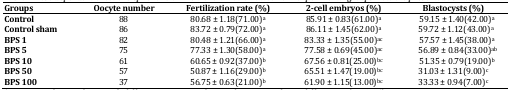
<table><thead><tr><td><b>Groups</b></td><td><b>Oocyte number</b></td><td><b>Fertilization rate (%)</b></td><td><b>2-cell embryos (%)</b></td><td><b>Blastocysts (%)</b></td></tr></thead><tbody><tr><td><b>Control</b></td><td>88</td><td>80.68 ± 1.18(71.00)<sup>a</sup></td><td>85.91 ± 0.83(61.00) <sup>a</sup></td><td> 59.15 ± 1.40(42.00) <sup>a</sup></td></tr><tr><td><b>Control sham</b></td><td>86</td><td>83.72 ± 0.79(72.00) <sup>a</sup></td><td>86.11 ± 1.45(62.00) <sup>a</sup></td><td> 59.72 ± 1.12(43.00) <sup>a</sup></td></tr><tr><td><b>BPS 1</b></td><td>82</td><td>80.48 ± 1.21(66.00) <sup>a</sup></td><td>83.33 ± 1.35(55.00)<sup>ac</sup></td><td> 57.57 ± 1.45(38.00) <sup>a</sup></td></tr><tr><td><b>BPS 5</b></td><td>75</td><td>77.33 ± 1.30(58.00) <sup>a</sup></td><td>77.58 ± 0.69(45.00) <sup>ac</sup></td><td> 56.89 ± 0.84(33.00)<sup>ab</sup></td></tr><tr><td><b>BPS 10</b></td><td>61</td><td>60.65 ± 0.92(37.00)<sup>b</sup></td><td>67.56 ± 0.81(25.00) <sup>ac</sup></td><td> 51.35 ± 0.79(19.00) <sup>b</sup></td></tr><tr><td><b>BPS 50</b></td><td>57</td><td>50.87 ± 1.16(29.00) <sup>b</sup></td><td>65.51 ± 1.47(19.00) <sup>ac</sup></td><td>31.03 ± 1.31(9.00)<sup>c</sup></td></tr><tr><td><b>BPS 100</b></td><td>37</td><td>56.75 ± 0.63(21.00) <sup>b</sup></td><td>61.90 ± 1.15(13.00) <sup>ac</sup></td><td>33.33 ± 0.94(7.00)<sup>c</sup></td></tr></tbody></table>